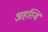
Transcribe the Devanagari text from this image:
अहस्मि